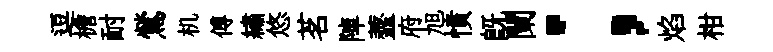
逗檐耐鶯机傅繡悠茗陣虀府旭憤旣闌；焰柑